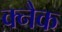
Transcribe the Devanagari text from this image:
क्नैक